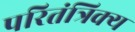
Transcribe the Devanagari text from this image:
परितंत्रिक्य